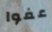
عفوا